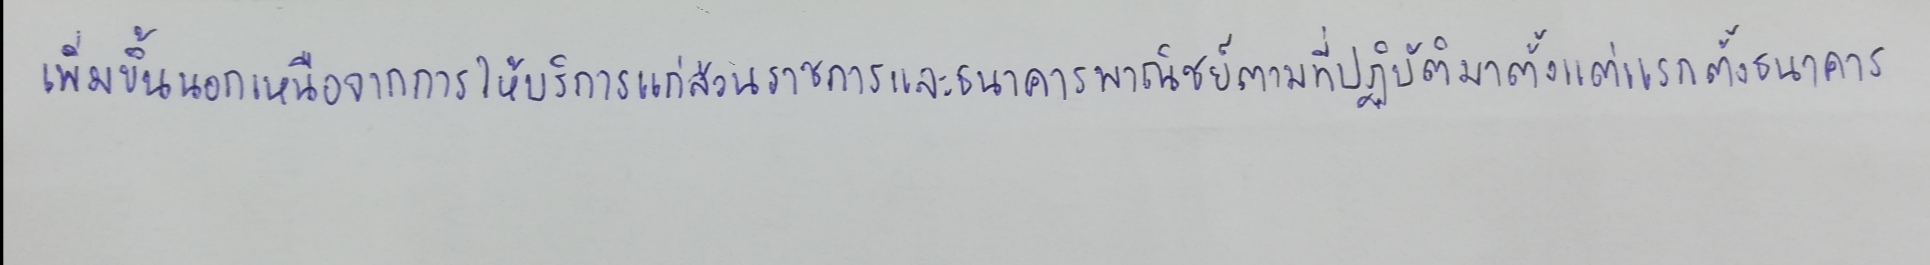
เพิ่มขึ้นนอกเหนือจากการให้บริการแก่ส่วนราชการและธนาคารพาณิชย์ตามที่ปฏิบัติมาตั้งแต่แรกตั้งธนาคาร